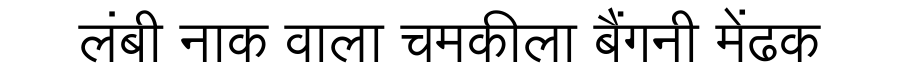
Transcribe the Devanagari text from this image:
लंबी नाक वाला चमकीला बैंगनी मेंढक